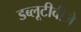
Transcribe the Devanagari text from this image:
डब्लूटीवीजे